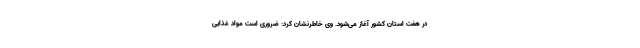
در هفت استان کشور آغاز می‌شود. وی خاطرنشان کرد: ضروری است مواد غذایی